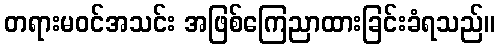
တရားမဝင်အသင်း အဖြစ်ကြေညာထားခြင်းခံရသည်။